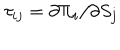
\tau _ { i j } = \partial \Pi _ { i } / \partial S _ { j }